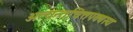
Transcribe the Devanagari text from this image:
अत्यन्तचित्तपक्वस्य